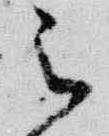
被